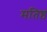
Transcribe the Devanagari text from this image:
मतिष्ठ